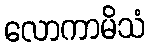
လောကာမိသံ